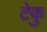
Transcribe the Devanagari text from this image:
टेकु